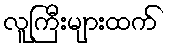
လူကြီးများထက်